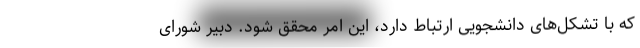
که با تشکل‌های دانشجویی ارتباط دارد، این امر محقق شود. دبیر شورای